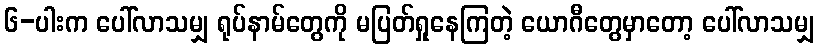
၆-ပါးက ပေါ်လာသမျှ ရုပ်နာမ်တွေကို မပြတ်ရှုနေကြတဲ့ ယောဂီတွေမှာတော့ ပေါ်လာသမျှ